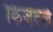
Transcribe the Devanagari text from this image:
किंजदले